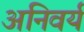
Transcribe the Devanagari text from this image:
अनिवर्य